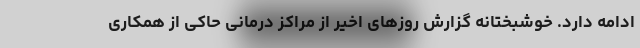
ادامه دارد. خوشبختانه گزارش روزهای اخیر از مراکز درمانی حاکی از همکاری